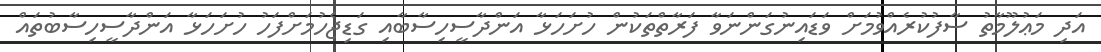
އަދި މަޢުލޫމާތު ސާފުކުރެއްވުމަށް ވަޑައިނުގަންނަވާ ފަރާތްތަކުން ހުށަހަޅާ އަންދާސީހިސާބާއި ގަޑިޖެހުމަށްފަހު ހުށަހަޅާ އަންދާސީހިސާބުތައް